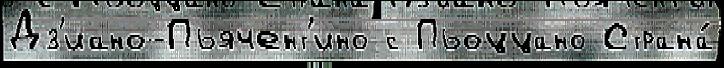
Дз'иано-Пьячент'ино с Пьоццано Страна́